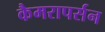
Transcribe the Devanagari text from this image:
कैमरापर्सन